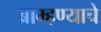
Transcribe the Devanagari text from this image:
ब्राम्हण्याचे